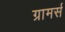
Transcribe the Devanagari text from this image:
ग्रामर्स